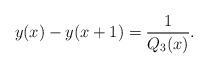
\begin{align*}y(x)-y(x+1)=\frac{1}{Q_3(x)}.\end{align*}